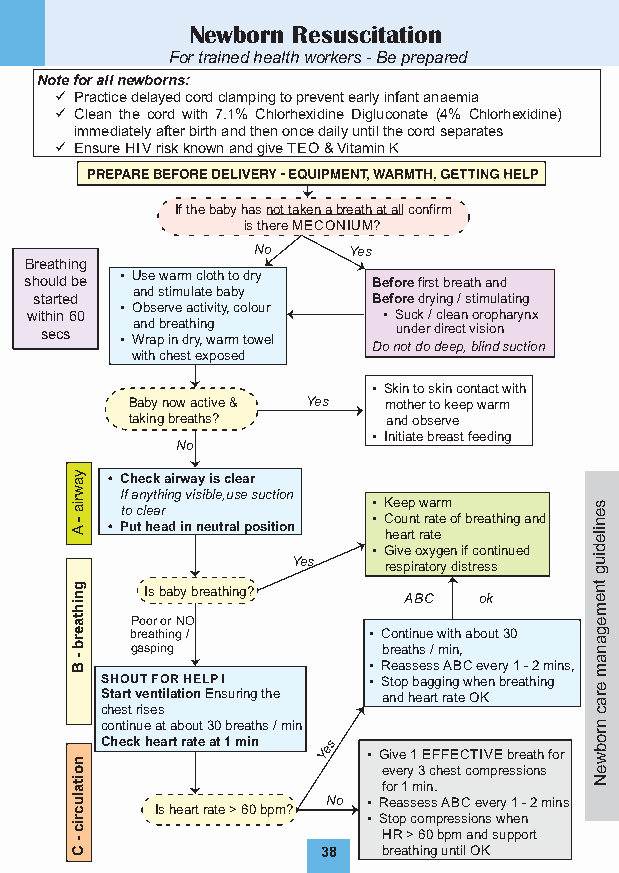
Newborn Resuscitation
 For trained health workers - Be prepared
 Note for all newborns:
  Practice delayed cord clamping to prevent early infant anaemia
  Clean the cord with 7.1% Chlorhexidine Digluconate (4% Chlorhexidine)
 immediately after birth and then once daily until the cord separates
  Ensure HIV risk known and give TEO & Vitamin K
 If the baby has not tak en a breath at all confirm
 is there MECONIUM?
 No    Yes
 Breathing
 should be • Use warm cloth to dry Before first breath and
 and stimulate baby
 started                Before drying / stimulating
 • Observe activity, colour
 within 60              • Suck / clean oropharynx
 secs  and breathing    under direct vision
 • Wrap in dry, warm towel
 Do not do deep , blind suction
 with chest exposed
 • Skin to skin contact with
 Baby now active & Yes mother to keep warm
 taking breaths?  and observe
 • Initiate breast feeding
 No
 • Check airway is clear
 I f anything visible, use suction
 • Pto u c t l he ea ar d in neutral position • • K C hee o ae u rp n t t rw araa tetr em of breathing and s e n ile
 • Give oxygen if continued d
 Yes   respiratory distress iu g
 Is baby breathing?           tn
 ABC  ok     e
 m
 Poor or NO                    e
 breathing /    • Continue with about 30 g
 a
 gasping         breaths / min, n
 • Reassess ABC every 1 - 2 mins, a m
 SS tH aO rtU vT e nF tO ilaR t iH oE n L EP n ! suring the • S anto dp h b ea ag rg t i rn ag te w Ohe Kn breathing e ra
 chest rises                     c
 continue at about 30 breaths / min n
 Check heart rate at 1 min Yes • Give 1 EFFECTIVE breath for
 ro
 b w
 every 3 chest compressions e
 N
 for 1 min.
 No • Reassess ABC every 1 - 2 mins
 Is heart rate > 60 bpm?
 • Stop compressions when
 HR > 60 bpm and support
 38  breathing until OK
 yawria
 - A
 gnihtaerb
 - B
 noitalucric
 -
 C